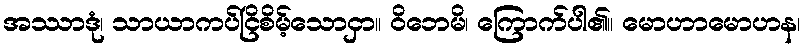
အဿာဒုံ၊ သာယာကပ်ငြိစိမ့်သောငှာ။ ဝိဘေမိ၊ ကြောက်ပါ၏။ မောဟာမောဟန၊